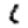
Digit: 1